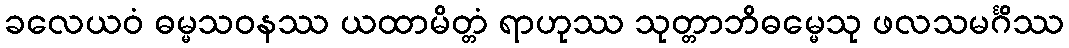
ခလေယဝံ ဓမ္မသဝနဿ ယထာမိတ္တံ ရာဟုဿ သုတ္တာဘိဓမ္မေသု ဖလသမင်္ဂိဿ